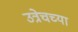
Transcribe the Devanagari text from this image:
उत्रेचच्या